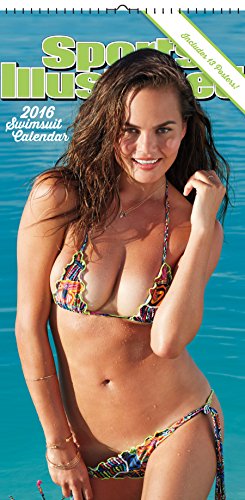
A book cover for Sports Illustrated Swimsuit 2016 Mini Poster Calendar; Trends International; Calendars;